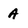
Character: A